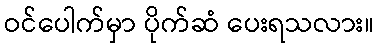
ဝင်ပေါက်မှာ ပိုက်ဆံ ပေးရသလား။